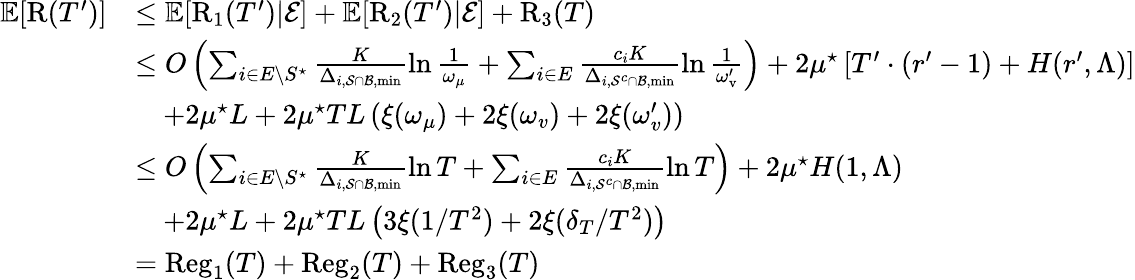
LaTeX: \begin{array}{rl}{\mathbb{E}[\mathrm{R}(T^{\prime})]}&{\leq\mathbb{E}[\mathrm{R}_{1}(T^{\prime})|\mathcal{E}]+\mathbb{E}[\mathrm{R}_{2}(T^{\prime})|\mathcal{E}]+\mathrm{R}_{3}(T)}\\ &{\leq O\left(\sum_{i\in E\setminus S^{\star}}\frac{K}{\Delta_{i,\mathcal{S}\cap\mathcal{B},\operatorname*{min}}}\ln\frac{1}{\omega_{\mu}}+\sum_{i\in E}\frac{c_{i}K}{\Delta_{i,\mathcal{S}^{c}\cap\mathcal{B},\operatorname*{min}}}\ln\frac{1}{\omega_{\mathrm{v}}^{\prime}}\right)+2\mu^{\star}\left[T^{\prime}\cdot(r^{\prime}-1)+H(r^{\prime},\Lambda)\right]}\\ &{\quad+2\mu^{\star}L+2\mu^{\star}TL\left(\xi(\omega_{\mu})+2\xi(\omega_{v})+2\xi(\omega_{v}^{\prime})\right)}\\ &{\leq O\left(\sum_{i\in E\setminus S^{\star}}\frac{K}{\Delta_{i,\mathcal{S}\cap\mathcal{B},\operatorname*{min}}}\ln T+\sum_{i\in E}\frac{c_{i}K}{\Delta_{i,\mathcal{S}^{c}\cap\mathcal{B},\operatorname*{min}}}\ln T\right)+2\mu^{\star}H(1,\Lambda)}\\ &{\quad+2\mu^{\star}L+2\mu^{\star}TL\left(3\xi(1/T^{2})+2\xi(\delta_{T}/T^{2})\right)}\\ &{=\mathrm{Reg}_{\mathrm{1}}(T)+\mathrm{Reg}_{\mathrm{2}}(T)+\mathrm{Reg}_{\mathrm{3}}(T)}\end{array}